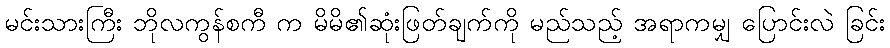
မင်းသားကြီး ဘိုလကွန်စကီ က မိမိ၏ဆုံးဖြတ်ချက်ကို မည်သည့် အရာကမျှ ပြောင်းလဲ ခြင်း